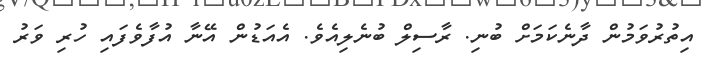
އިތުރުވަމުން ދާނެކަމަށް ބުނި. ރާސިލް ބުނެލިއެވެ. އެއަޑުން އޭނާ އުފާވެފައި ހުރި ވަރު